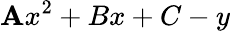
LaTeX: \mathbf{A}x^{2}+Bx+C-y